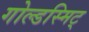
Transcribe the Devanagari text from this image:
गोल्डस्मिट्